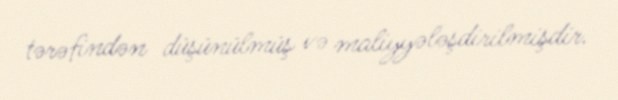
tərəfindən düşünülmüş və maliyyələşdirilmişdir.